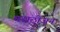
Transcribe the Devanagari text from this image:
मराठीजन